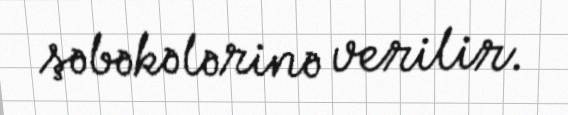
şəbəkələrinə verilir.